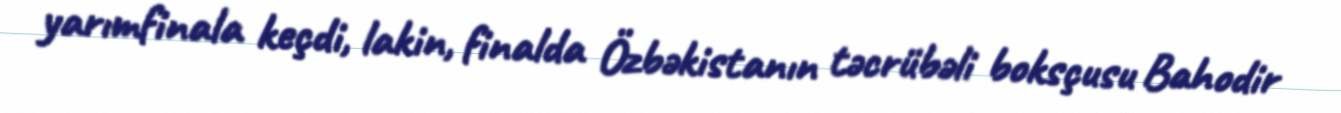
yarımfinala keçdi, lakin, finalda Özbəkistanın təcrübəli boksçusu Bahodir